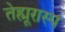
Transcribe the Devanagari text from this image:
तेह्मूरास्प